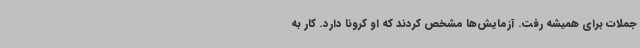
جملات برای همیشه رفت. آزمایش‌ها مشخص کردند که او کرونا دارد. کار به